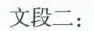
文段二：